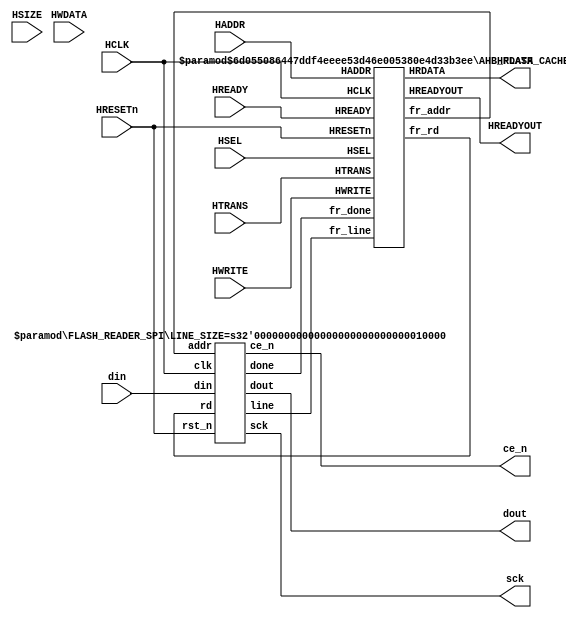
/*

	Copyright 2020 Mohamed Shalan
	
	Licensed under the Apache License, Version 2.0 (the "License"); 
	you may not use this file except in compliance with the License. 
	You may obtain a copy of the License at:

	http://www.apache.org/licenses/LICENSE-2.0

	Unless required by applicable law or agreed to in writing, software 
	distributed under the License is distributed on an "AS IS" BASIS, 
	WITHOUT WARRANTIES OR CONDITIONS OF ANY KIND, either express or implied. 
	See the License for the specific language governing permissions and 
	limitations under the License.
*/

`timescale              1ns/1ps
`default_nettype        wire

//`include                "./include/ahb_util.vh"
/*
    Refactored version of the FLASH Controller
    Don't change the LINE_SIZE
*/
module AHB_FLASH_CTRL #(parameter LINE_SIZE=128, NUM_LINES=32) (
    input               HCLK,
    input               HRESETn,

    // AHB-Lite Slave Interface
    //`AHB_SLAVE_IFC,

    input wire          HSEL,
    input wire [31:0]   HADDR,
    input wire [1:0]    HTRANS,
    input wire          HWRITE,
    input wire          HREADY,
    input wire [31:0]   HWDATA,
    input wire [2:0]    HSIZE,
    output wire         HREADYOUT,
    output wire [31:0]  HRDATA,

    
    // External Interface to Quad I/O
    output              sck,
    output              ce_n,
    output              dout,
    input               din
    /*input   wire [3:0]  din,
    output  wire [3:0]  dout,
    output  wire [3:0]  douten */    
);

    wire [23:0]             fr_addr, addr_0;
    wire                    fr_rd, rd_0;
    wire                    fr_done, done_0;
    wire [LINE_SIZE-1: 0]   fr_line, line_0;

    wire                    oe;


    AHB_FLASH_CACHE_CTRL #( .LINE_SIZE(LINE_SIZE), 
                            .NUM_LINES(NUM_LINES) ) 
        CCTRL (
            // AHB-Lite Slave Interface
            .HCLK(HCLK),
            .HRESETn(HRESETn),
            .HSEL(HSEL),
            .HADDR(HADDR),
            .HTRANS(HTRANS),
            .HWRITE(HWRITE),
            .HREADY(HREADY),
            .HREADYOUT(HREADYOUT),
            .HRDATA(HRDATA),

            // The Flash Reader Interface
            .fr_addr(fr_addr),
            .fr_rd(fr_rd),
            .fr_done(fr_done),
            .fr_line(fr_line)
    );

    /*FLASH_READER #( .LINE_SIZE(LINE_SIZE)) 
        FR (
            .clk(HCLK),
            .rst_n(HRESETn),
            .addr(fr_addr),
            .rd(fr_rd),
            .done(fr_done),
            .line(fr_line),    

            .sck(sck),
            .ce_n(ce_n),
            .din(din),
            .dout(dout),
            .douten(oe)
    );*/

    FLASH_READER_SPI #( .LINE_SIZE(LINE_SIZE/8)) 
        FR (
            .clk(HCLK),
            .rst_n(HRESETn),
            .addr(fr_addr),
            .rd(fr_rd),
            .done(fr_done),
            .line(fr_line),    

            .sck(sck),
            .ce_n(ce_n),
            .din(din),
            .dout(dout)
    );

    //assign douten = {4{oe}};

endmodule


/* AHB Cache Controller w/ an integrated parmetrized RO Cache */
module AHB_FLASH_CACHE_CTRL #(parameter LINE_SIZE=128, NUM_LINES=32)(
    // AHB-Lite Slave Interface
    input                           HCLK,
    input                           HRESETn,
    input                           HSEL,
    input   wire [31:0]             HADDR,
    input   wire [1:0]              HTRANS,
    input   wire                    HWRITE,
    input   wire                    HREADY,
    output  reg                     HREADYOUT,
    output  wire [31:0]             HRDATA,

    // The Flash Reader Interface
    output  wire [23:0]             fr_addr,
    output  wire                    fr_rd,
    input   wire                    fr_done,
    input   wire [LINE_SIZE-1: 0]   fr_line
);

    // The State Machine
    localparam [1:0] st_idle    = 2'b00;
    localparam [1:0] st_wait    = 2'b01;
    localparam [1:0] st_rw      = 2'b10;
    reg [1:0]   state, nstate;

    // Cache wires/buses
    wire [31:0]     c_datao;
    wire [23:0]     c_A;
    wire            c_hit;
    reg  [1:0]      c_wr;
    
    //AHB-Lite Address Phase Regs
    reg             last_HSEL;
    reg [31:0]      last_HADDR;
    reg             last_HWRITE;
    reg [1:0]       last_HTRANS;

    // AHB Interface lgic
    always@ (posedge HCLK) begin
        if(HREADY) begin
            last_HSEL       <= HSEL;
            last_HADDR      <= HADDR;
            last_HWRITE     <= HWRITE;
            last_HTRANS     <= HTRANS;
        end
    end

    assign HRDATA   = c_datao;

    always @(posedge HCLK or negedge HRESETn)
        if(!HRESETn) HREADYOUT <= 1'b1;
        else
            case (state)
                st_idle :   if(HTRANS[1] & HSEL & HREADY & c_hit) HREADYOUT <= 1'b1;
                            else if(HTRANS[1] & HSEL & HREADY & ~c_hit) HREADYOUT <= 1'b0;
                            else HREADYOUT <= 1'b1;
                st_wait :   if(c_wr[1]) HREADYOUT <= 1'b1;
                            else HREADYOUT <= 1'b0;
                st_rw   :   if(HTRANS[1] & HSEL & HREADY & c_hit) HREADYOUT <= 1'b1;
                            else if(HTRANS[1] & HSEL & HREADY & ~c_hit) HREADYOUT <= 1'b0;
                            //else HREADYOUT <= 1'b1;
            endcase

    // The controller SM
    always @ (posedge HCLK or negedge HRESETn)
        if(HRESETn == 0) state <= st_idle;
        else 
            state <= nstate;

    always @* begin
        nstate = st_idle;
        case(state)
            st_idle :   if(HTRANS[1] & HSEL & HREADY & c_hit) nstate = st_rw;
                        else if(HTRANS[1] & HSEL & HREADY & ~c_hit) nstate = st_wait;
            st_wait :   if(c_wr[1]) nstate = st_rw; 
                        else  nstate = st_wait;
            st_rw   :   //nstate = st_idle; 
                        if(HTRANS[1] & HSEL & HREADY & c_hit) nstate = st_rw;
                        else if(HTRANS[1] & HSEL & HREADY & ~c_hit) nstate = st_wait;
        endcase
    end

    // The cache interface
    assign c_A  = last_HADDR[23:0];

    always @ (posedge HCLK) begin
        c_wr[0] <= fr_done;
        c_wr[1] <= c_wr[0];
    end

    DMC #(  .LINE_SIZE(LINE_SIZE), 
            .NUM_LINES(NUM_LINES) 
        ) 
        CACHE ( 
            .clk(HCLK), 
            .rst_n(HRESETn), 
            .A(last_HADDR[23:0]), 
            .A_h(HADDR[23:0]), 
            .Do(c_datao), 
            .hit(c_hit), 
            .line(fr_line), 
            .wr(c_wr[0])    // was 1
    );
        
    // The Flash Reader Interface
    assign fr_rd        =   ( HTRANS[1] & HSEL & HREADY & ~c_hit & (state==st_idle) ) |
                            ( HTRANS[1] & HSEL & HREADY & ~c_hit & (state==st_rw) );

    assign fr_addr      = {HADDR[23:4], 4'd0};
    
endmodule

/*
    RTL Model for reading from Quad I/O flash using the QUAD I/O FAST READ (0xEB) command
    The Quad I/O bit has to be set in the flash memory (through flash programming); the 
    provided flash memory model has the bit set.

    Every transaction reads 128 bits (16 bytes) from the flash.
    To start a transaction, provide the memory address and assert rd for 1 clock cycle.
    done is a sserted for 1 clock cycle when the data is ready

*/
module FLASH_READER #(parameter LINE_SIZE=128)(
    input   wire                    clk,
    input   wire                    rst_n,
    input   wire [23:0]             addr,
    input   wire                    rd,
    output  wire                    done,
    output  wire [LINE_SIZE-1: 0]   line,      

    output  reg                     sck,
    output  reg                     ce_n,
    input   wire[3:0]               din,
    output      [3:0]               dout,
    output  wire                    douten
);

    localparam LINE_BYTES = LINE_SIZE/8;
    localparam LINE_CYCLES = LINE_BYTES * 8;

    parameter IDLE=1'b0, READ=1'b1;

    reg         state, nstate;
    reg [7:0]   counter;
    reg [23:0]  saddr;
    reg [7:0]   data [LINE_BYTES-1 : 0]; 

    reg         first;

    wire[7:0]   EBH     = 8'heb;
    
    // for debugging
    wire [7:0] data_0 = data[0];
    wire [7:0] data_1 = data[1];
    wire [7:0] data_15 = data[15];


    always @*
        case (state)
            IDLE: if(rd) nstate = READ; else nstate = IDLE;
            READ: if(done) nstate = IDLE; else nstate = READ;
        endcase 

    always @ (posedge clk or negedge rst_n)
        if(!rst_n) first = 1'b1;
        else if(first & done) first <= 0;

    
    always @ (posedge clk or negedge rst_n)
        if(!rst_n) state = IDLE;
        else state <= nstate;

    always @ (posedge clk or negedge rst_n)
        if(!rst_n) sck <= 1'b0;
        else if(~ce_n) sck <= ~ sck;
        else if(state == IDLE) sck <= 1'b0;

    always @ (posedge clk or negedge rst_n)
        if(!rst_n) ce_n <= 1'b1;
        else if(state == READ) ce_n <= 1'b0;
        else ce_n <= 1'b1;

    always @ (posedge clk or negedge rst_n)
        if(!rst_n) counter <= 8'b0;
        else if(sck & ~done) counter <= counter + 1'b1;
        else if(state == IDLE) 
            if(first) counter <= 8'b0;
            else counter <= 8'd8;

    always @ (posedge clk or negedge rst_n)
        if(!rst_n) saddr <= 24'b0;
        else if((state == IDLE) && rd) saddr <= addr;

    always @ (posedge clk)
        if(counter >= 20 && counter <= 19+LINE_BYTES*2)
            if(sck) data[counter/2 - 10] <= {data[counter/2 - 10][3:0], din}; // Optimize!

    //assign busy = (state == READ);

    assign dout     =   (counter < 8)   ? EBH[7 - counter] :
                        (counter == 8)  ? saddr[23:20] : 
                        (counter == 9)  ? saddr[19:16] :
                        (counter == 10)  ? saddr[15:12] :
                        (counter == 11)  ? saddr[11:8] :
                        (counter == 12)  ? saddr[7:4] :
                        (counter == 13)  ? saddr[3:0] :
                        (counter == 14)  ? 4'hF :
                        (counter == 15)  ? 4'h5 : 4'h0;    
        
    assign douten   = (counter < 20);

    assign done     = (counter == 20+LINE_BYTES*2);  // was 19?!

    generate
        genvar i; 
        for(i=0; i<LINE_BYTES; i=i+1)
            assign line[i*8+7: i*8] = data[i];
    endgenerate

endmodule


module FLASH_READER_SPI #(parameter LINE_SIZE=16)(
    input   wire                    clk,
    input   wire                    rst_n,
    input   wire [23:0]             addr,
    input   wire                    rd,
    output  wire                    done,
    output  wire [(LINE_SIZE*8)-1: 0]   line,      

    output  reg                     sck,
    output  reg                     ce_n,
    input   wire                    din,
    output                          dout
);

    localparam LINE_BYTES = LINE_SIZE;
    localparam LINE_CYCLES = LINE_BYTES * 8;

    parameter IDLE=1'b0, READ=1'b1;

    reg         state, nstate;
    reg [7:0]   counter;
    reg [23:0]  saddr;
    reg [7:0]   data [LINE_BYTES-1 : 0]; 

    reg         first;

    wire[7:0]   CMD     = 8'h03;
    
    // for debugging
    wire [7:0] data_0 = data[0];
    wire [7:0] data_1 = data[1];
    wire [7:0] data_15 = data[15];


    always @*
        case (state)
            IDLE: if(rd) nstate = READ; else nstate = IDLE;
            READ: if(done) nstate = IDLE; else nstate = READ;
        endcase 
/*
    always @ (posedge clk or negedge rst_n)
        if(!rst_n) first = 1'b1;
        else if(first & done) first <= 0;
*/
    
    always @ (posedge clk or negedge rst_n)
        if(!rst_n) state = IDLE;
        else state <= nstate;

    always @ (posedge clk or negedge rst_n)
        if(!rst_n) sck <= 1'b0;
        else if(~ce_n) sck <= ~ sck;
        else if(state == IDLE) sck <= 1'b0;

    always @ (posedge clk or negedge rst_n)
        if(!rst_n) ce_n <= 1'b1;
        else if(state == READ) ce_n <= 1'b0;
        else ce_n <= 1'b1;

    always @ (posedge clk or negedge rst_n)
        if(!rst_n) counter <= 8'b0;
        else if(sck & ~done) counter <= counter + 1'b1;
        else if(state == IDLE) 
            counter <= 8'd0;
            //if(first) counter <= 8'b0;
            //else counter <= 8'd8;
            
    always @ (posedge clk or negedge rst_n)
        if(!rst_n) saddr <= 24'b0;
        else if((state == IDLE) && rd) saddr <= addr;

    always @ (posedge clk)
        if(counter >= 32 && counter <= 31+LINE_BYTES*8)
            if(sck) data[counter/8-4] <= {data[counter/8 - 4][6:0], din}; // Optimize!

    assign dout     =   (counter < 8)   ? CMD[7 - counter]  :
                        (counter < 32)  ? saddr[31-counter]   :
                        1'b0;
                        
    assign done     = (counter == 31+LINE_BYTES*8);

    generate
        genvar i; 
        for(i=0; i<LINE_BYTES; i=i+1)
            assign line[i*8+7: i*8] = data[i];
    endgenerate

endmodule
/*
    Parametrized Direct Mapped Cache for Read Only memories (e.g., Flash)
    Supports any numer of lines (2^n; n: 8, 16, 32, ...): NUM_LINES
    Supports only 4-word (128) or 8-word (256) lines: LINE_SIZE
*/
module DMC #(parameter LINE_SIZE=128, NUM_LINES=32)(
    input wire                  clk,
    input wire                  rst_n,
    // 
    input wire  [23:0]          A,
    input wire  [23:0]          A_h,
    output wire [31:0]          Do,
    output wire                 hit,
    //
    input wire [LINE_SIZE-1:0]  line,
    input wire                  wr
);

    localparam  NUM_WORDS       = LINE_SIZE/32;  
    localparam  NUM_BYTES       = LINE_SIZE/8;  
    localparam  OFFSET_WIDTH    = $clog2(NUM_BYTES);
    localparam  INDEX_WIDTH     = $clog2(NUM_LINES);
    localparam  TAG_WIDTH       = 24 + 3 - INDEX_WIDTH - OFFSET_WIDTH;
    
    // Cache storage
    reg [LINE_SIZE-1:0] LINES   [NUM_LINES-1:0];
    reg [TAG_WIDTH-1:0] TAGS    [NUM_LINES-1:0];
    reg                 VALID   [NUM_LINES-1:0];

    wire [OFFSET_WIDTH-1:0] offset  =   A[OFFSET_WIDTH-1:0];
    wire [OFFSET_WIDTH-1:2] woffset =   A[OFFSET_WIDTH-1:2];
    wire [INDEX_WIDTH-1:0]  index   =   A[OFFSET_WIDTH+INDEX_WIDTH-1:OFFSET_WIDTH];
    wire [TAG_WIDTH-1:0]    tag     =   A[23:OFFSET_WIDTH+INDEX_WIDTH];

    wire [INDEX_WIDTH-1:0]  index_h =   A_h[OFFSET_WIDTH+INDEX_WIDTH-1:OFFSET_WIDTH];
    wire [TAG_WIDTH-1:0]    tag_h   =   A_h[23:OFFSET_WIDTH+INDEX_WIDTH];

    assign  hit =   VALID[index_h] & (TAGS[index_h] == tag_h);

    wire [LINE_SIZE:0]    sel_line  =   LINES[index];

    generate
        if(NUM_WORDS == 4) begin
            assign  Do  =   (offset[3:2] == 2'd0) ?  sel_line[31:0]     :
                            (offset[3:2] == 2'd1) ?  sel_line[63:32]    :
                            (offset[3:2] == 2'd2) ?  sel_line[95:64]    :   sel_line[127:96];
        end else if (NUM_WORDS == 8) begin
            assign  Do  =   (offset[4:2] == 'd0) ?  sel_line[31:0]     :
                            (offset[4:2] == 'd1) ?  sel_line[63:32]    :
                            (offset[4:2] == 'd2) ?  sel_line[95:64]    :   
                            (offset[4:2] == 'd3) ?  sel_line[127:96]     :
                            (offset[4:2] == 'd4) ?  sel_line[159:128]    :
                            (offset[4:2] == 'd5) ?  sel_line[191:160]    :   
                            (offset[4:2] == 'd6) ?  sel_line[223:192]    :   sel_line[255:224];
        end
    endgenerate

    // clear the VALID flags
    integer i;
    always @ (posedge clk or negedge rst_n)
        if(!rst_n) 
            for(i=0; i<NUM_LINES; i=i+1)
                VALID[i] <= 1'b0;
        else  if(wr)  VALID[index]    <= 1'b1;

    always @(posedge clk)
        if(wr) begin
            LINES[index]    <= line;
            TAGS[index]     <= tag;
        end

endmodule